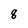
Character: 8